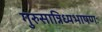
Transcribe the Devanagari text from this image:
गुरुसान्निध्यभाषणः